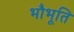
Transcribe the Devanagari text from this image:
भौभूति